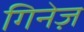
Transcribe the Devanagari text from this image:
गिनेज़